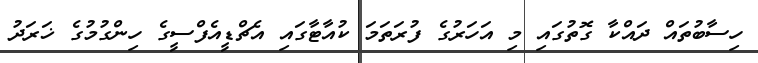
ހިސާބުތައް ދައްކާ ގޮތުގައި މި އަހަރުގެ ފުރަތަމަ ކުއާޓާގައި އެޗްޑީއެފްސީގެ ހިންގުމުގެ ޚަރަދު